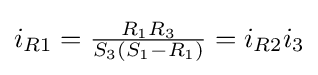
i_{R1}={\tfrac {R_{1}R_{3}}{S_{3}(S_{1}-R_{1})}}=i_{R2}i_{3}